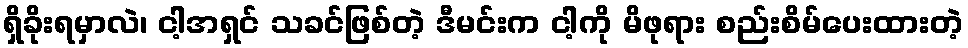
ရှိခိုးရမှာလဲ၊ ငါ့အရှင် သခင်ဖြစ်တဲ့ ဒီမင်းက ငါ့ကို မိဖုရား စည်းစိမ်ပေးထားတဲ့